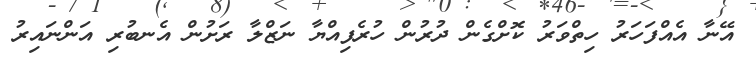
އޭނާ އެއްފަހަރު ހިތްވަރު ކޮށްގެން ދުރުން ހުރެފިއްޔާ ނަޒްލާ ރަށުން އެނބުރި އަންނައިރު